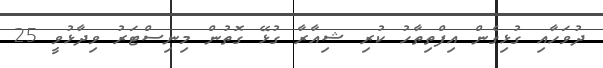
ދުވަހާއި ގުޅިގެން އިފްތިތާހު ކުރި ޝިއާރާ ގުޅޭ ގޮތުން މިނިސްޓަރު ވިދާޅުވީ 25